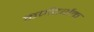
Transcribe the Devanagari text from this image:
कर्णदर्शक